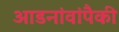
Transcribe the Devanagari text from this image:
आडनांवांपैकी